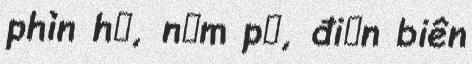
phìn hồ, nậm pồ, điện biên